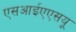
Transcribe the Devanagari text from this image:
एसआईएएसयू